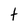
Character: t